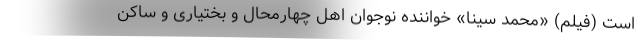
است (فیلم) «محمد سینا» خواننده نوجوان اهل چهارمحال و بختیاری و ساکن